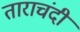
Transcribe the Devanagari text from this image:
ताराचंदी